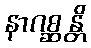
နာဂစ္ဆန္တိ